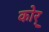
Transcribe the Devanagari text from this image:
कोर्